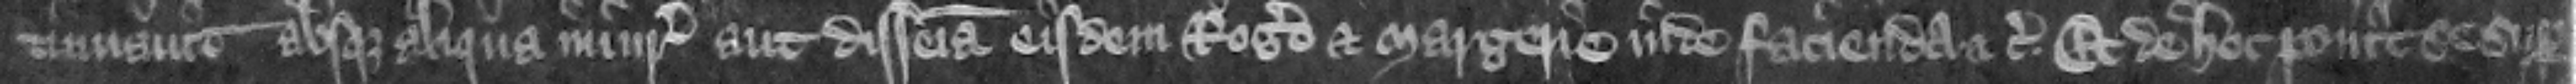
tinuauit absque aliqua iniuria aut disseisina eisdem Rogero et Margerie inde facienda etc. Et de hoc ponit se super